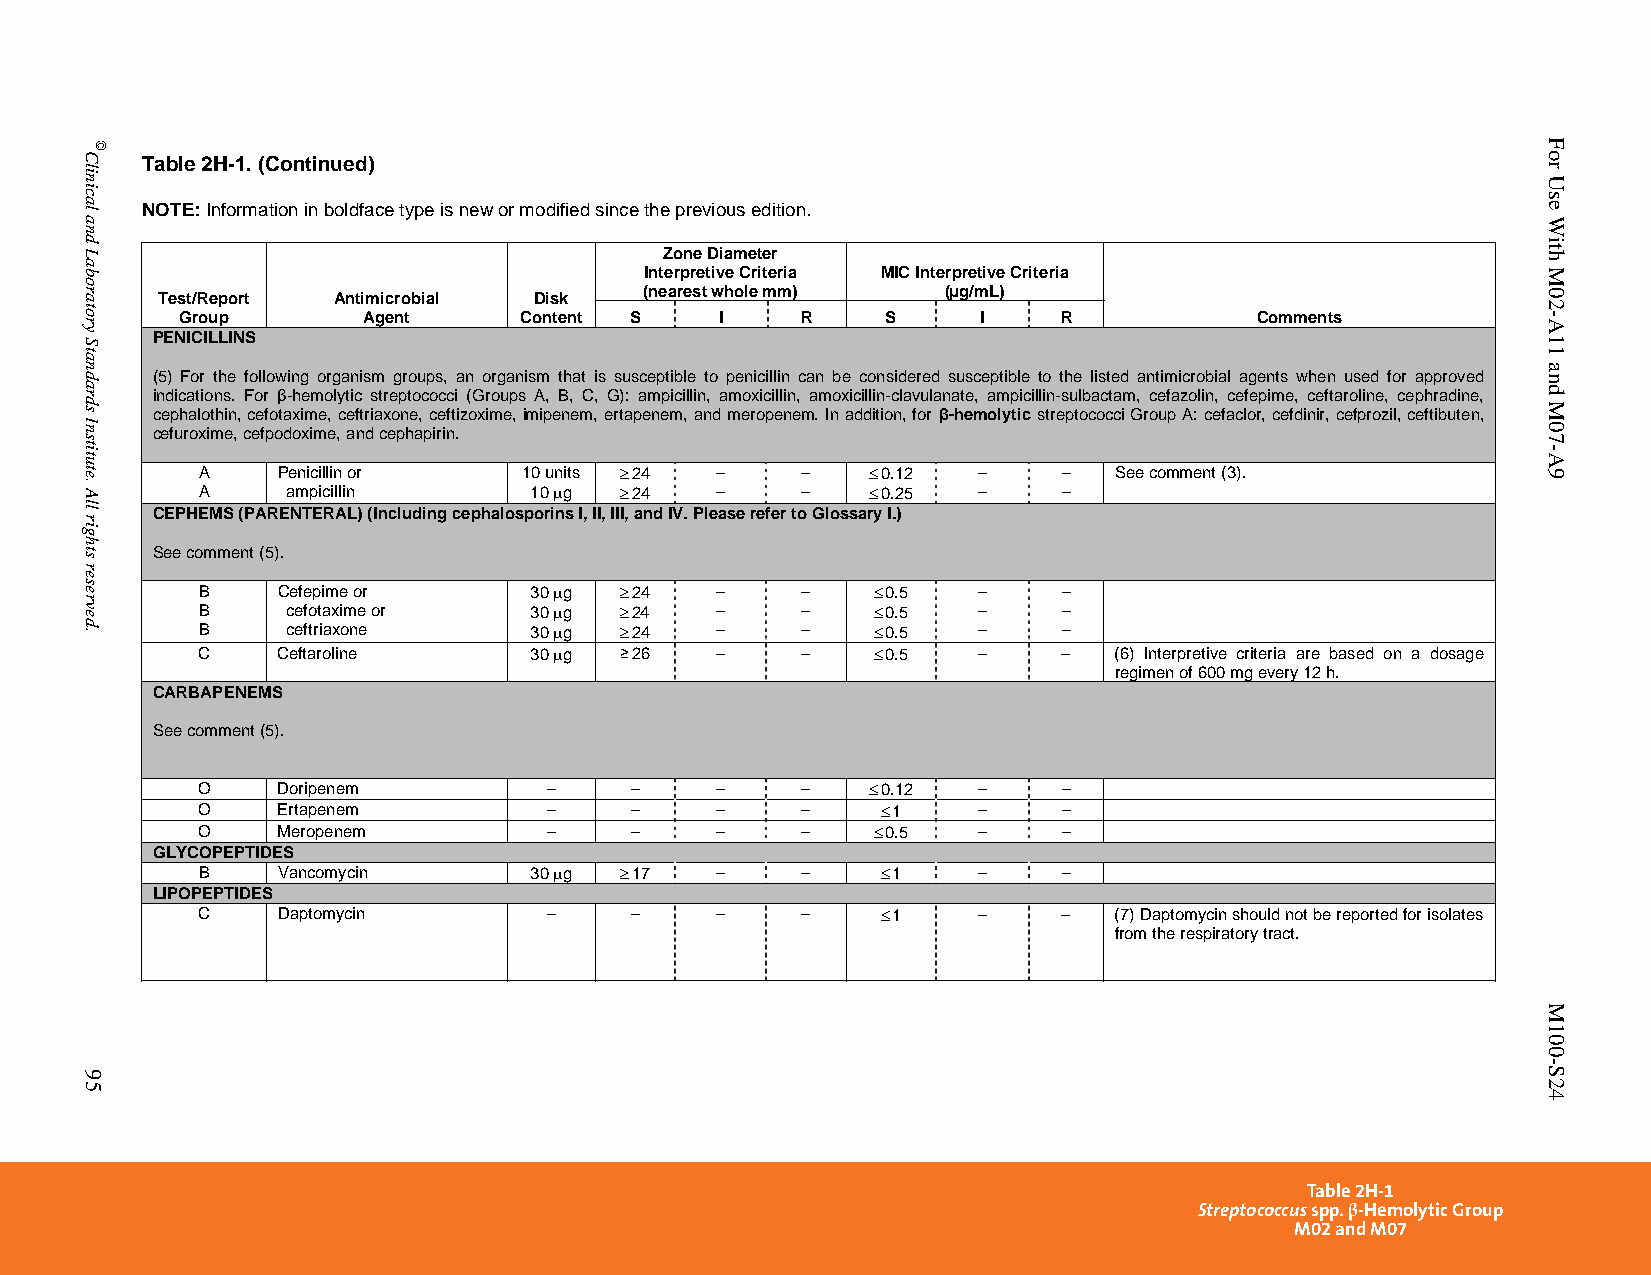
Table 2H-1. (Continued)
 NOTE: Information in boldface type is new or modified since the previous edition.
 Zone Diameter
 Interpretive Criteria MIC Interpretive Criteria
 (nearest whole mm)  (µg/mL)
 Test/Report Antimicrobial Disk
 Group       Agent     Content S     I    R     S     I    R            Comments
 PENICILLINS
 (5) For the following organism groups, an organism that is susceptible to penicillin can be considered susceptible to the listed antimicrobial agents when used for approved
 indications. For β-hemolytic streptococci (Groups A, B, C, G): ampicillin, amoxicillin, amoxicillin-clavulanate, ampicillin-sulbactam, cefazolin, cefepime, ceftaroline, cephradine,
 cephalothin, cefotaxime, ceftriaxone, ceftizoxime, imipenem, ertapenem, and meropenem. In addition, for β-hemolytic streptococci Group A: cefaclor, cefdinir, cefprozil, ceftibuten,
 cefuroxime, cefpodoxime, and cephapirin.
 A    Penicillin or    10 units  24 –   –     0.12 –    –   See comment (3).
 A     ampicillin      10 g  24  –     –     0.25 –    –
 CEPHEMS (PARENTERAL) (Including cephalosporins I, II, III, and IV. Please refer to Glossary I.)
 See comment (5).
 B    Cefepime or      30 g  24  –     –     0.5  –    –
 B     cefotaxime or   30 g  24  –     –     0.5  –    –
 B     ceftriaxone     30 g  24  –     –     0.5  –    –
 C    Ceftaroline      30 g ≥ 26  –     –     0.5  –    –   (6) Interpretive criteria are based on a dosage
 regimen of 600 mg every 12 h.
 CARBAPENEMS
 See comment (5).
 O    Doripenem         –     –    –     –     0.12 –    –
 O    Ertapenem         –     –    –     –     1    –    –
 O    Meropenem         –     –    –     –     0.5  –    –
 GLYCOPEPTIDES
 B    Vancomycin       30 g  17  –     –     1    –    –
 LIPOPEPTIDES
 C    Daptomycin        –     –    –     –     1    –    –   (7) Daptomycin should not be reported for isolates
 from the respiratory tract.
 Table 2H-1
 Streptococcus spp. β-Hemolytic Group
 M02 and M07
 PublishedOn1/1/2014. Thisdocumentisprotectedbycopyright.
 Clinical
 and
 Laboratory
 Standards
 Institute.
 All
 rights
 reserved.
 95
 ©                                                                                               For
 Use
 With
 M02-A11
 and
 M07-A9
 M100-S24